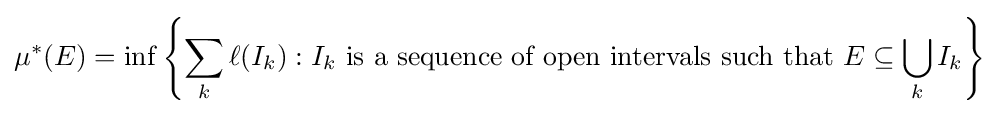
\mu ^{*}(E)=\inf \left\{\sum _{k}\ell (I_{k}):I_{k}{\text{ is a sequence of open intervals such that }}E\subseteq \bigcup _{k}I_{k}\right\}